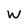
Character: w